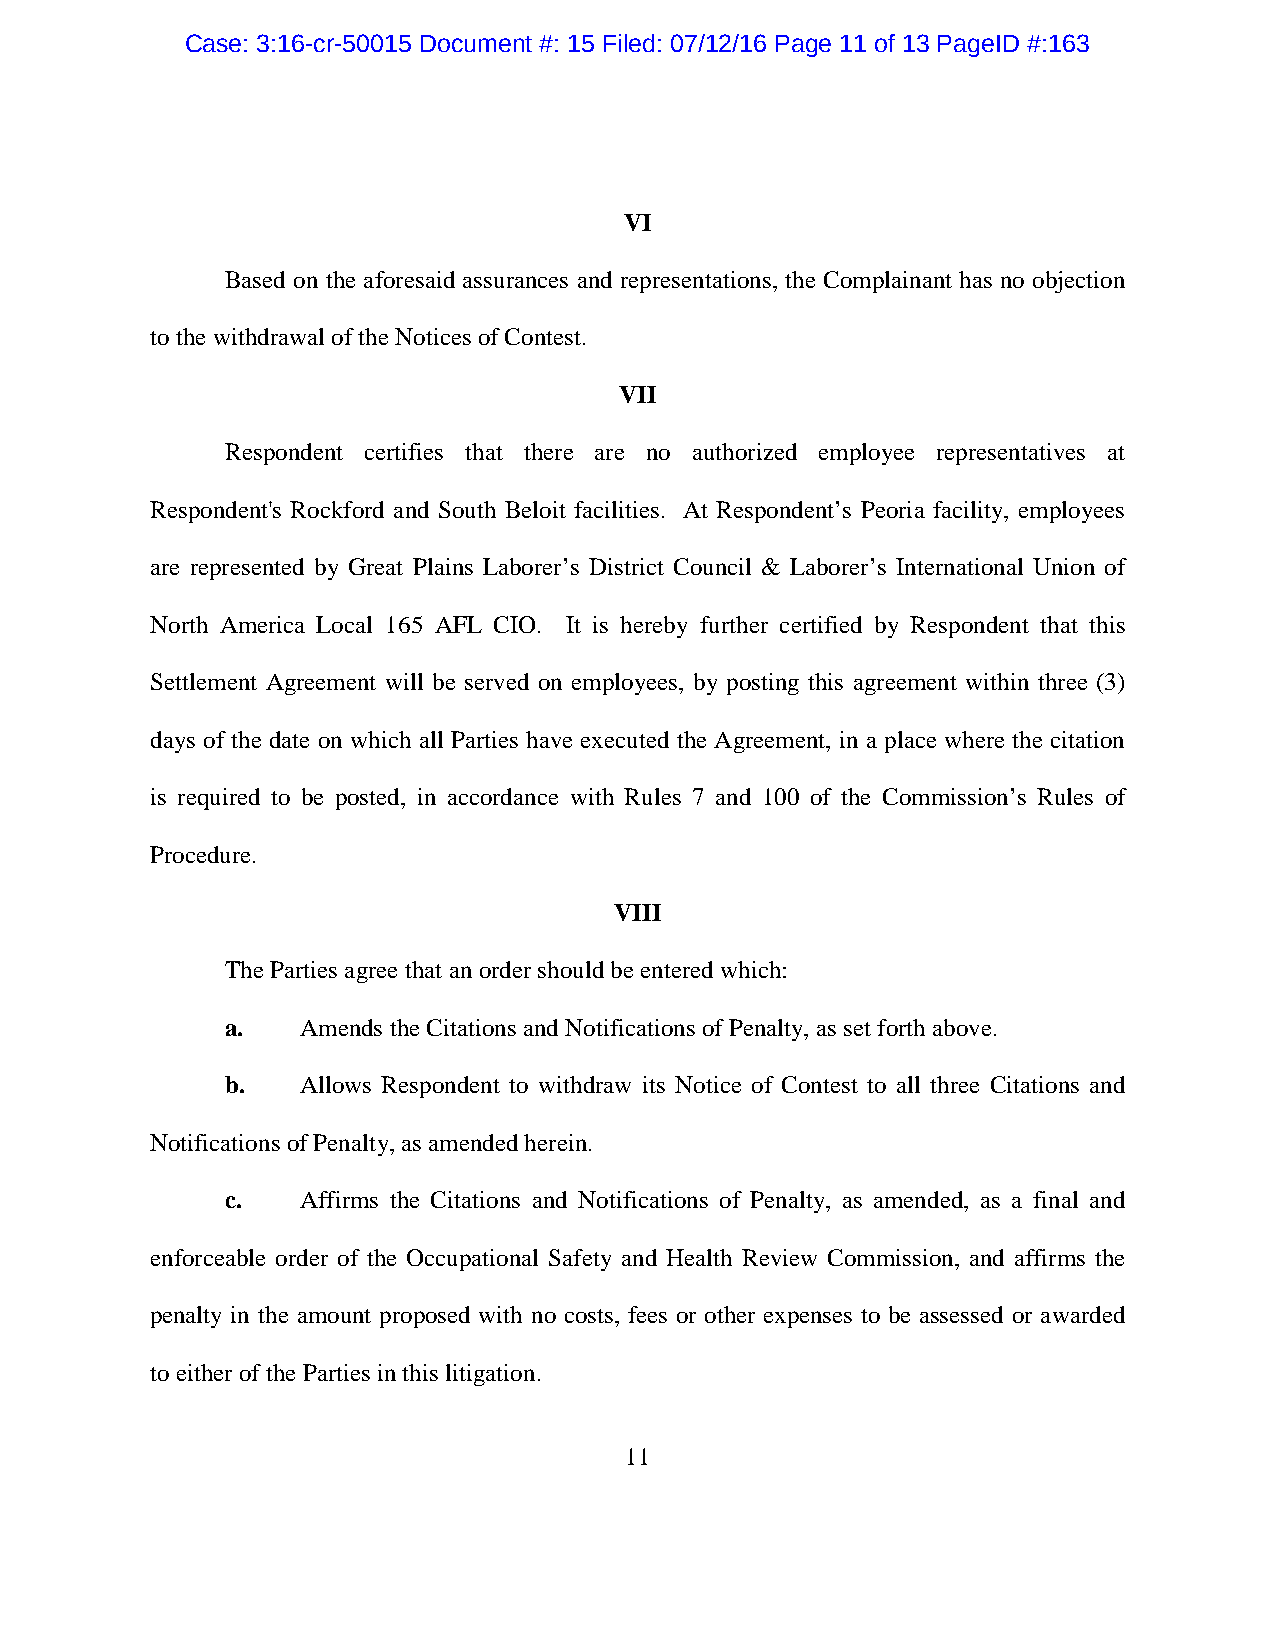
Case: 3:16-cr-50015 Document #: 15 Filed: 07/12/16 Page 11 of 13 PageID #:163
 VI
 Based on the aforesaid assurances and representations, the Complainant has no objection
 to the withdrawal of the Notices of Contest.
 VII
 Respondent certifies that there are no authorized employee representatives at
 Respondent's Rockford and South Beloit facilities. At Respondent’s Peoria facility, employees
 are represented by Great Plains Laborer’s District Council & Laborer’s International Union of
 North America Local 165 AFL CIO. It is hereby further certified by Respondent that this
 Settlement Agreement will be served on employees, by posting this agreement within three (3)
 days of the date on which all Parties have executed the Agreement, in a place where the citation
 is required to be posted, in accordance with Rules 7 and 100 of the Commission’s Rules of
 Procedure.
 VIII
 The Parties agree that an order should be entered which:
 a.   Amends the Citations and Notifications of Penalty, as set forth above.
 b.   Allows Respondent to withdraw its Notice of Contest to all three Citations and
 Notifications of Penalty, as amended herein.
 c.   Affirms the Citations and Notifications of Penalty, as amended, as a final and
 enforceable order of the Occupational Safety and Health Review Commission, and affirms the
 penalty in the amount proposed with no costs, fees or other expenses to be assessed or awarded
 to either of the Parties in this litigation.
 11